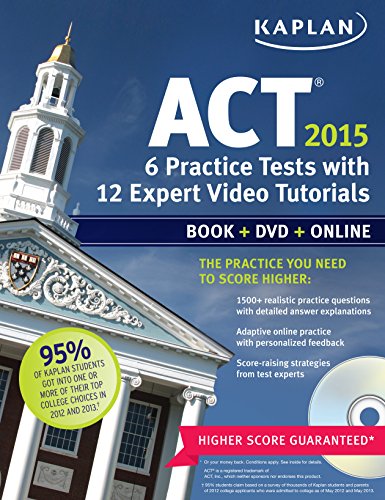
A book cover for Kaplan ACT 2015 6 Practice Tests with 12 Expert Video Tutorials: Book + DVD + Online (Kaplan Test Prep); Kaplan; Test Preparation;